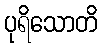
ပုရိသောတိ